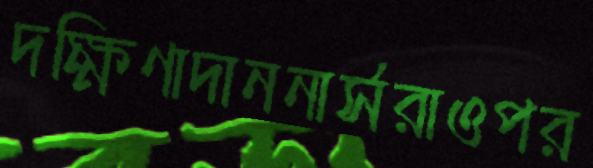
দক্ষিণাদাননার্সরাওপর